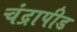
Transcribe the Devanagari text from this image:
चंद्रापीड